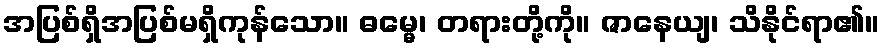
အပြစ်ရှိအပြစ်မရှိကုန်သော။ ဓမ္မေ၊ တရားတို့ကို။ ဇာနေယျ၊ သိနိုင်ရာ၏။